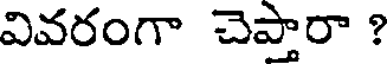
వివరంగా చెప్తారా ?